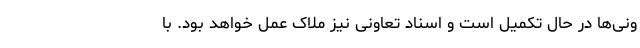
ونی‌ها در حال تکمیل است و اسناد تعاونی نیز ملاک عمل خواهد بود. با